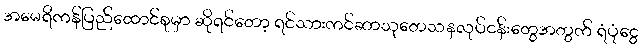
အမေရိကန်ပြည်ထောင်စုမှာ ဆိုရင်တော့ ရင်သားကင်ဆာသုတေသနလုပ်ငန်းတွေအတွက် ရံပုံငွေ